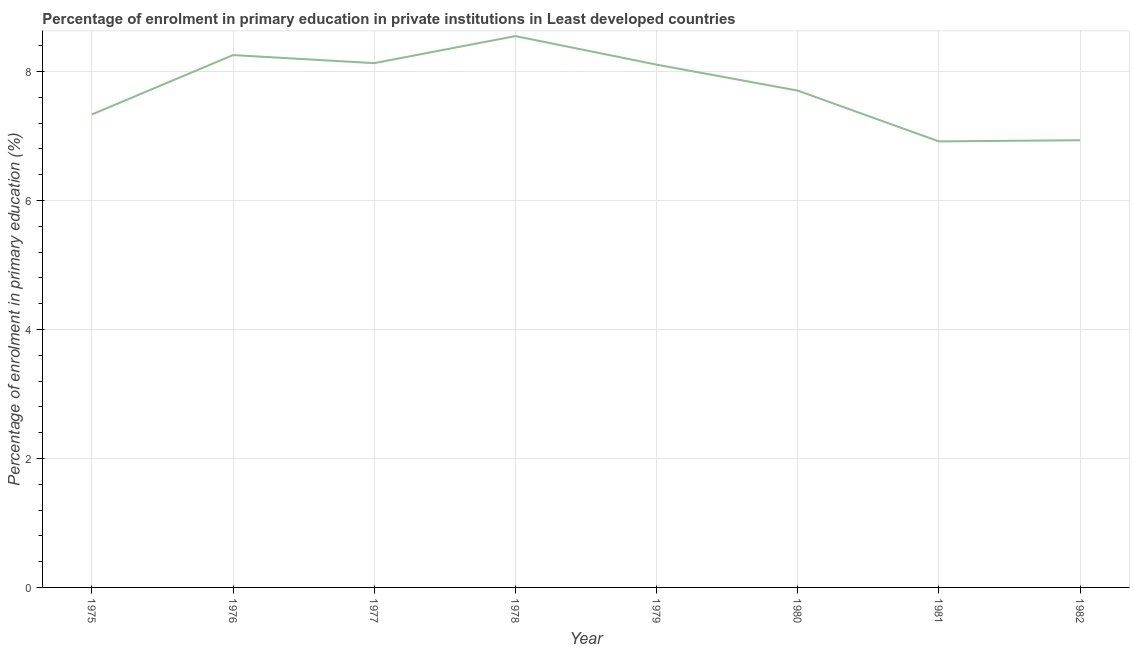
| Year | Enrolment  |
 | --- | --- |
 | 1975 | 7.33 |
 | 1976 | 8.25 |
 | 1977 | 8.13 |
 | 1978 | 8.55 |
 | 1979 | 8.11 |
 | 1980 | 7.7 |
 | 1981 | 6.92 |
 | 1982 | 6.93 |